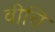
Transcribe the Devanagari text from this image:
वीचि